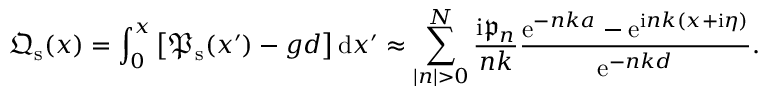
{ \mathfrak { Q } } _ { \mathrm { s } } ( x ) = \int _ { 0 } ^ { x } \left[ \/ { \mathfrak { P } } _ { \mathrm { s } } ( x ^ { \prime } ) - g d \/ \right] \mathrm { d } x ^ { \prime } \approx \sum _ { | n | > 0 } ^ { N } \frac { \mathrm { i } \mathfrak { p } _ { n } } { n k } \frac { \mathrm { e } ^ { - n k a } - \mathrm { e } ^ { \mathrm { i } n k ( x + \mathrm { i } \eta ) } } { \mathrm { e } ^ { - n k d } } .